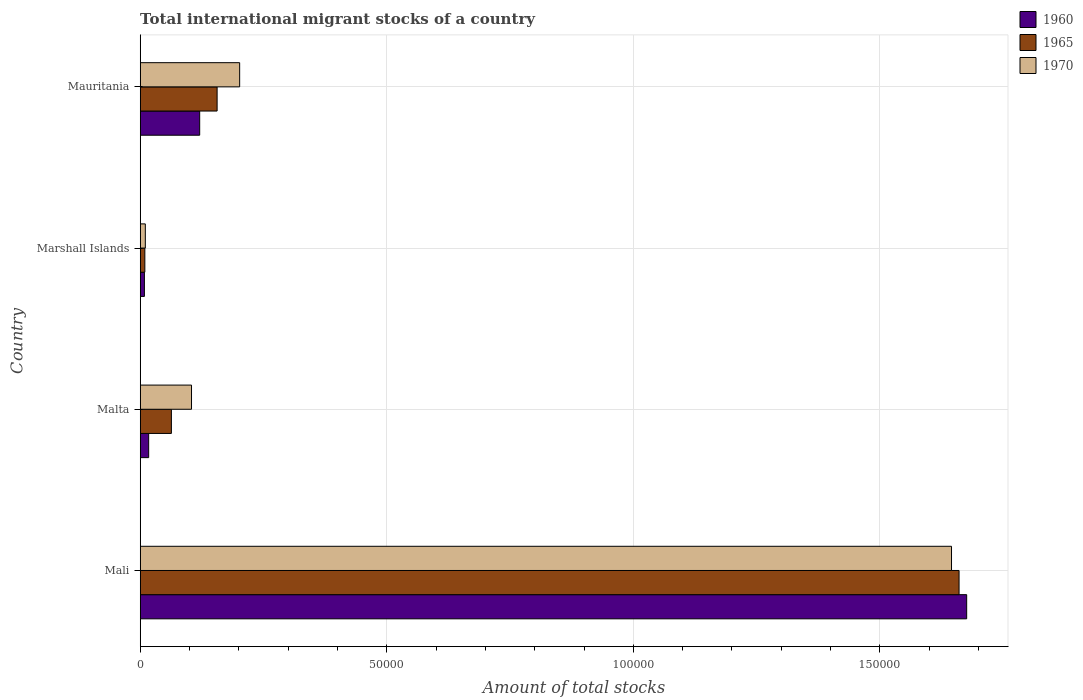
| Country | 1960 | 1965 | 1970 |
 | --- | --- | --- | --- |
 | Mali | 1.68e+05 | 1.66e+05 | 1.65e+05 |
 | Malta | 1.71e+03 | 6.32e+03 | 1.04e+04 |
 | Marshall Islands | 846 | 936 | 1.04e+03 |
 | Mauritania | 1.21e+04 | 1.56e+04 | 2.02e+04 |